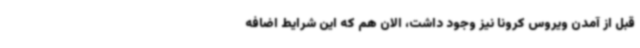
قبل از آمدن ویروس کرونا نیز وجود داشت، الان هم که این شرایط اضافه